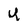
Character: U